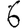
Digit: 6